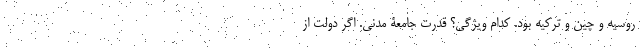
روسیه و چین و ترکیه بود. کدام ویژگی؟ قدرت جامعۀ مدنی. اگر دولت از